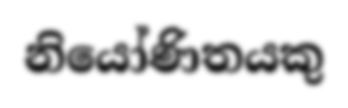
නියෝණිතයකු